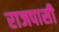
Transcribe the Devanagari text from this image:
राजपासी